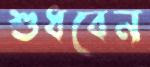
শুধবেন